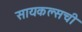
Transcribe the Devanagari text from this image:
सायकल्सची